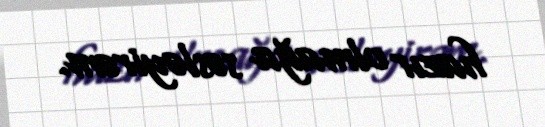
hazır olmağa səsləyirəm.